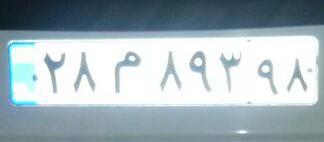
۲۸م۸۹۳۹۸